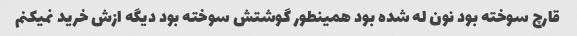
قارچ سوخته بود نون له شده بود همینطور گوشتش سوخته بود دیگه ازش خرید نمیکنم